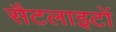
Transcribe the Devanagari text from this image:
सैटलाइटों